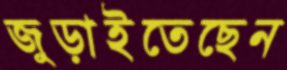
জুড়াইতেছেন